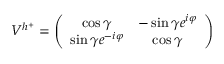
{ \cal V } ^ { h ^ { + } } = \left( \begin{array} { c c } { { \cos \gamma } } & { { - \sin \gamma e ^ { i \varphi } } } \\ { { \sin \gamma e ^ { - i \varphi } } } & { { \cos \gamma } } \end{array} \right)